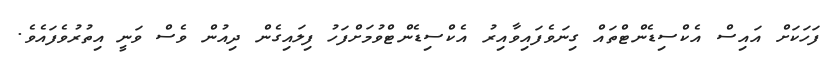
ފަހަކަށް އައިސް އެކްސިޑެންޓްތައް ގިނަވެފައިވާއިރު އެކްސިޑެންޓްވުމަށްފަހު ފިލައިގެން ދިއުން ވެސް ވަނީ އިތުރުވެފައެވެ.